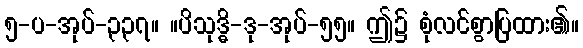
၅-ပ-အုပ်-၃၃၇။ ။ပိသုဒ္ဓိ-ဒု-အုပ်-၅၅။ ဤ၌ စုံလင်စွာပြထား၏။